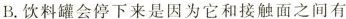
B.饮料罐会停下来是因为它和接触面之间有